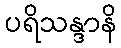
ပရိသန္ဒာနိ